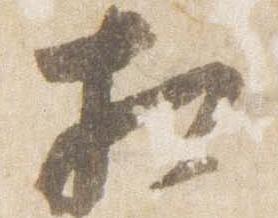
相